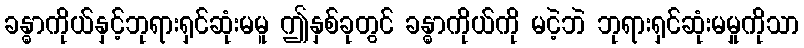
ခန္ဓာကိုယ်နှင့်ဘုရားရှင်ဆုံးမမူ ဤနှစ်ခုတွင် ခန္ဓာကိုယ်ကို မငဲ့ဘဲ ဘုရားရှင်ဆုံးမမှုကိုသာ